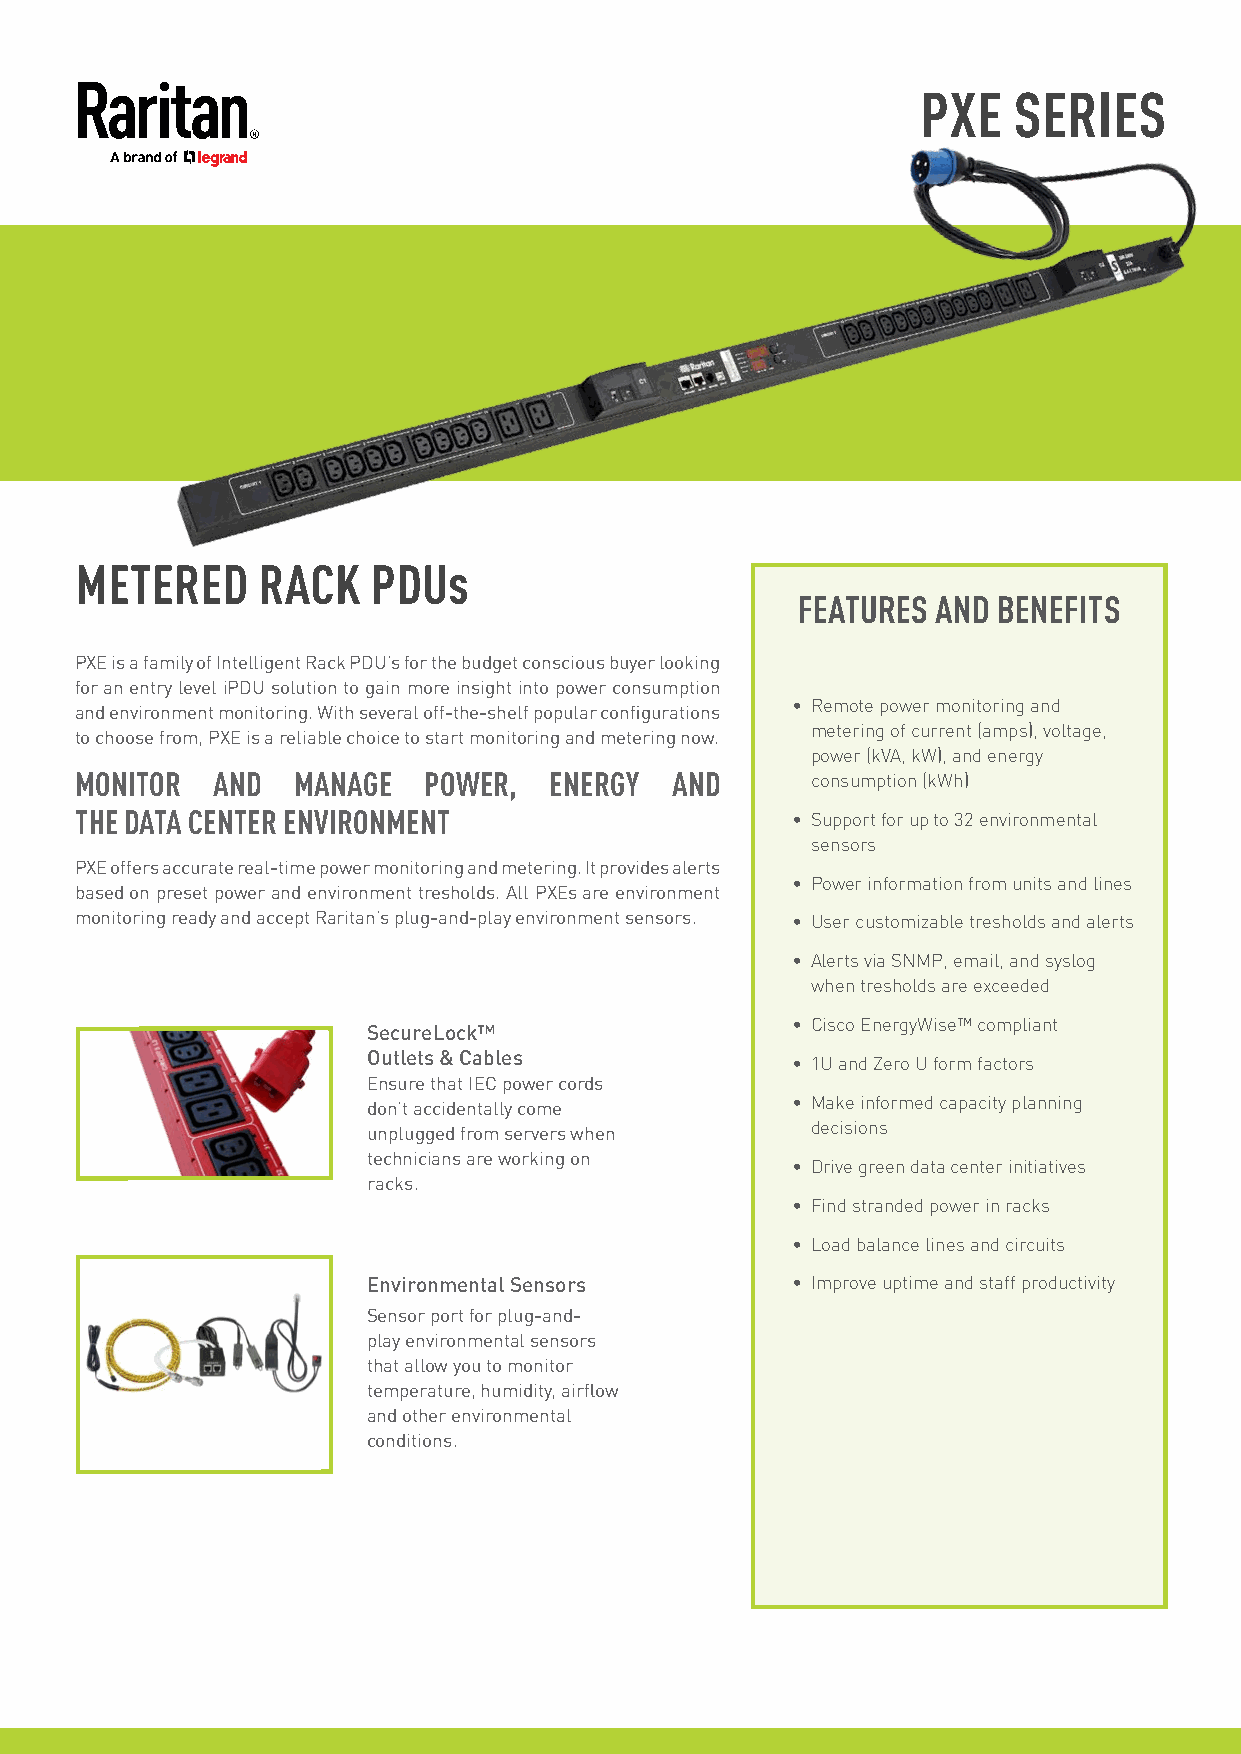
RED
 PMS 032
 PXE   SERIES
 METERED     RACK    PDUs
 FEATURES AND BENEFITS
 PXE is a family of Intelligent Rack PDU’s for the budget conscious buyer looking
 for an entry level iPDU solution to gain more insight into power consumption
 • Remote power monitoring and
 and environment monitoring. With several off-the-shelf popular configurations
 metering of current (amps), voltage,
 to choose from, PXE is a reliable choice to start monitoring and metering now.
 power (kVA, kW), and energy
 MONITOR  AND  MANAGE   POWER,  ENERGY  AND       consumption (kWh)
 THE DATA CENTER ENVIRONMENT                    • Support for up to 32 environmental
 sensors
 PXE offers accurate real-time power monitoring and metering. It provides alerts
 • Power information from units and lines
 based on preset power and environment tresholds. All PXEs are environment
 monitoring ready and accept Raritan’s plug-and-play environment sensors. • User customizable tresholds and alerts
 • Alerts via SNMP, email, and syslog
 when tresholds are exceeded
 • Cisco EnergyWise™ compliant
 SecureLock™
 Outlets & Cables
 • 1U and Zero U form factors
 Ensure that IEC power cords
 don’t accidentally come     • Make informed capacity planning
 unplugged from servers when   decisions
 technicians are working on
 • Drive green data center initiatives
 racks.
 • Find stranded power in racks
 • Load balance lines and circuits
 Environmental Sensors       • Improve uptime and staff productivity
 Sensor port for plug-and-
 play environmental sensors
 that allow you to monitor
 temperature, humidity, airflow
 and other environmental
 conditions.